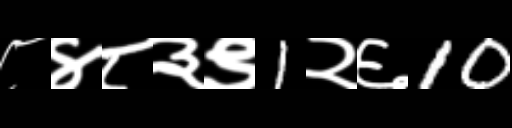
Text: ८४८३९1२६10